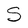
Character: S